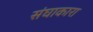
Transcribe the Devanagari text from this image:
संघाकारा